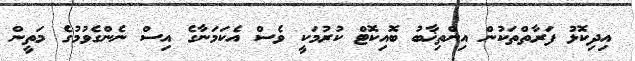
އިދިކޮޅު ފަރާތްތަކުން އިންތިޚާބު ބޮއިކޮޓް ކުރުމަކީ ވެސް އެކަމަނާގެ އިސް ނެންގެވުމުގެ މަތީން